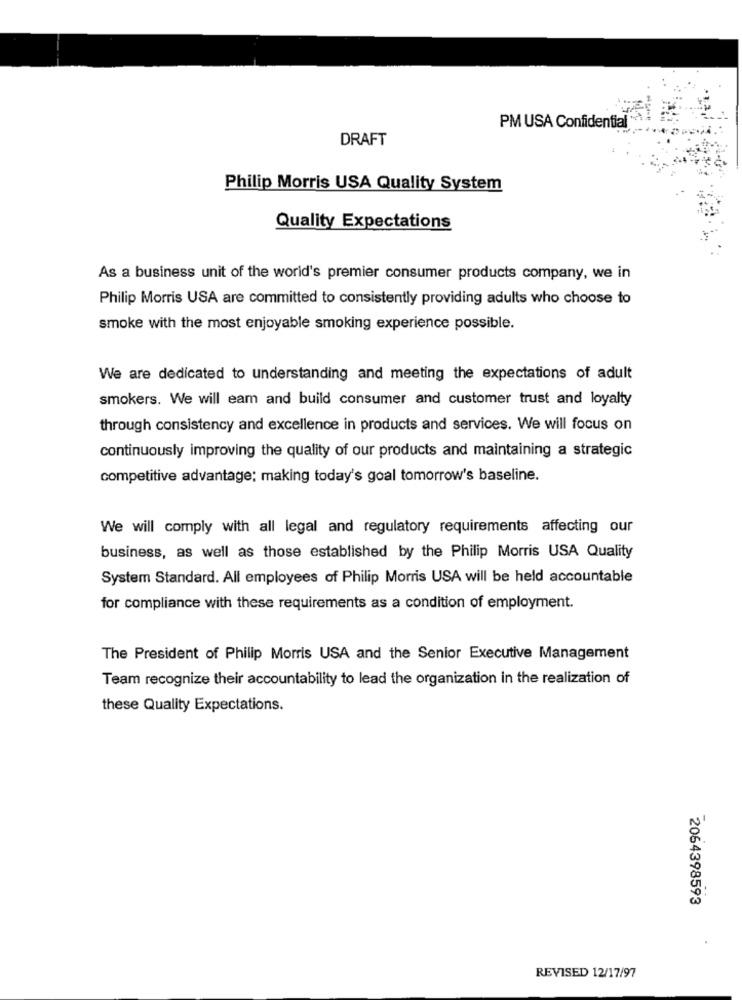
PM USA Confidential **
DRAFT
Philip Morris USA Quality System
Quality Expectations
As a business unit of the world's premier consumer products company, we in
Philip Morris USA are committed to consistently providing adults who choose to
smoke with the most enjoyable smoking experience possible.
We are dedicated to understanding and meeting the expectations of adult
smokers. We will eam and build consumer and customer trust and loyalty
through consistency and excellence in products and services. We will focus on
continuously improving the quality of our products and maintaining a strategic
competitive advantage; making today's goal tomorrow's baseline.
We will comply with all legal and regulatory requirements affecting our
business, as well as those established by the Philip Morris USA Quality
System Standard. All employees of Philip Morris USA will be held accountable
for compliance with these requirements as a condition of employment.
The President of Philip Morris USA and the Senior Executive Management
Team recognize their accountability to lead the organization in the realization of
these Quality Expectations.
2064398593
REVISED 12/17/97